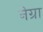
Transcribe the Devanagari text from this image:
नेग्रा